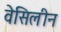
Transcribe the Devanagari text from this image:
वेसिलीन